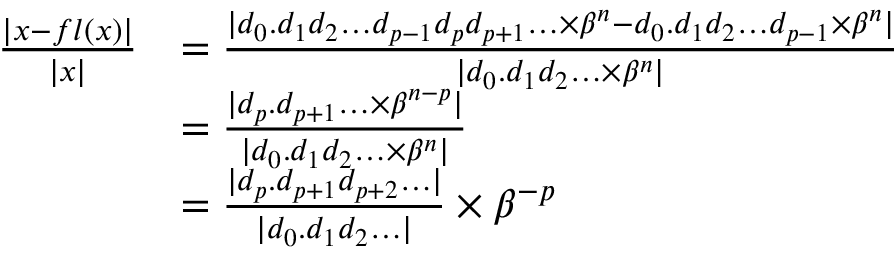
{ \begin{array} { r l } { { \frac { | x - f l ( x ) | } { | x | } } } & { = { \frac { | d _ { 0 } . d _ { 1 } d _ { 2 } \ldots d _ { p - 1 } d _ { p } d _ { p + 1 } \ldots \times \beta ^ { n } - d _ { 0 } . d _ { 1 } d _ { 2 } \ldots d _ { p - 1 } \times \beta ^ { n } | } { | d _ { 0 } . d _ { 1 } d _ { 2 } \ldots \times \beta ^ { n } | } } } \\ & { = { \frac { | d _ { p } . d _ { p + 1 } \ldots \times \beta ^ { n - p } | } { | d _ { 0 } . d _ { 1 } d _ { 2 } \ldots \times \beta ^ { n } | } } } \\ & { = { \frac { | d _ { p } . d _ { p + 1 } d _ { p + 2 } \ldots | } { | d _ { 0 } . d _ { 1 } d _ { 2 } \ldots | } } \times \beta ^ { - p } } \end{array} }